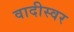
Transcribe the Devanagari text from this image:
वादीस्वर